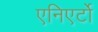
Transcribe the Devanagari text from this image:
एनिएर्टो